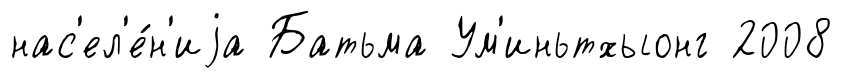
нас'ел'е́н'иjа Батьма Ум'иньтхыонг 2008